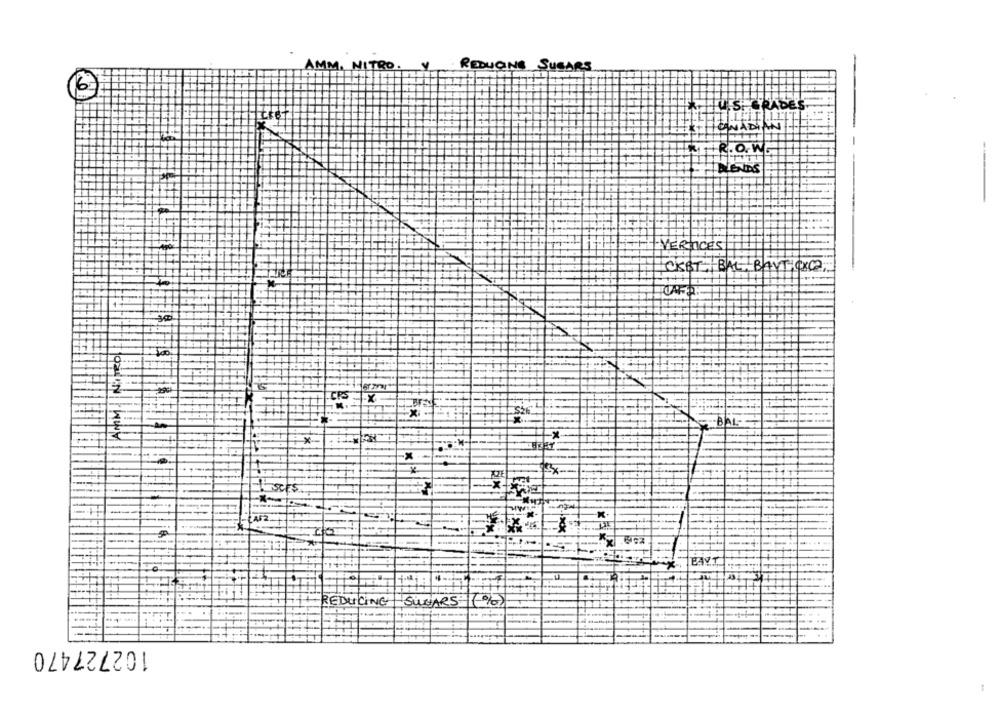
REDUCING SUSARS
6
LUIS CRABES
CONADIAN
RT.R. O.W
--
VERTICES
CKET, BAL BAYTI CXC2.
-BALS
X-
EAVT
REDUCING
SUGARS: (%)
102727470